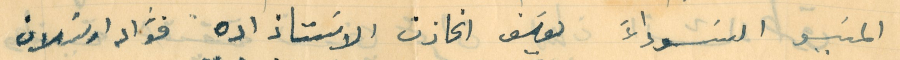
المسَيو السَوداءَ   يوسَف الخازن  الاسَتاذ اده  فؤاد ارسَلان